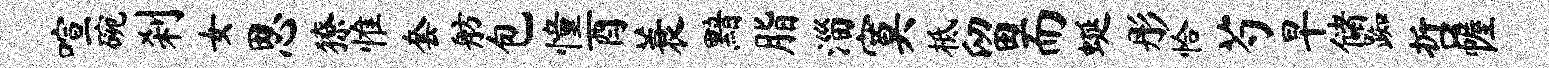
喧碗刹女思獠惟套舫包憧酉蓑黯脂淄寞柢留而蜒彤恰芍早储踟哲幄